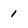
Character: 1